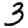
Digit: 3